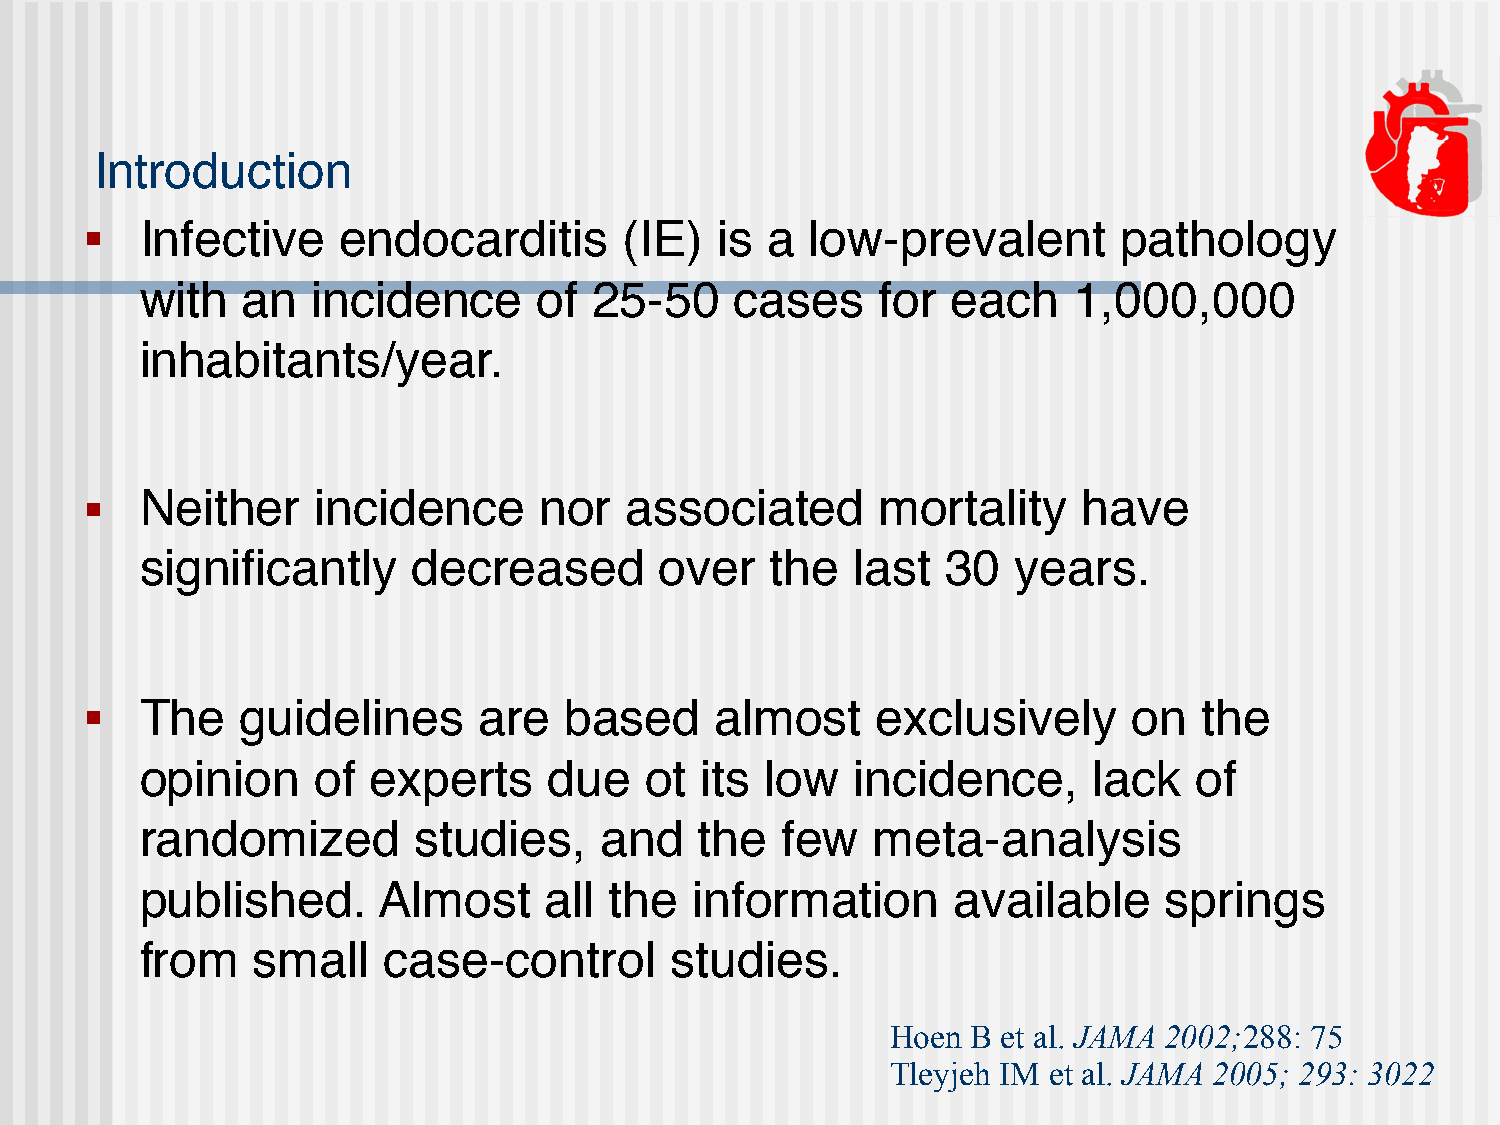
Introduction
 ■  Infective    endocarditis       (IE)   is a  low-prevalent       pathology
 with   an   incidence      of 25-50     cases    for  each    1,000,000
 inhabitants/year.
 ■  Neither     incidence      nor  associated       mortality     have
 significantly     decreased        over   the   last  30  years.
 ■  The    guidelines      are  based     almost     exclusively      on   the
 opinion     of  experts    due    ot its  low   incidence,     lack   of
 randomized        studies,     and   the   few   meta-analysis
 published.      Almost     all the   information      available     springs
 from    small   case-control       studies.
 Hoen B et al. JAMA 2002;288: 75
 Tleyjeh IM et al. JAMA 2005; 293: 3022